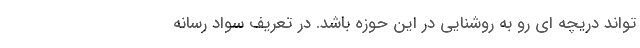
تواند دریچه ای رو به روشنایی در این حوزه باشد. در تعریف سواد رسانه